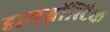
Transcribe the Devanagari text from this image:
डायग्नॉस्टिक